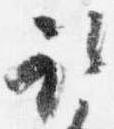
取